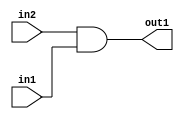
`timescale 1ps / 1ps
/*****************************************************************************
    Verilog RTL Description
    
    
    Created by: Stratus DpOpt 21.05.01 
*******************************************************************************/

module SobelFilter_And_1Ux1U_1U_1 (
	in2,
	in1,
	out1
	); /* architecture "behavioural" */ 
input  in2,
	in1;
output  out1;
wire  asc001;

assign asc001 = 
	(in2)
	&(in1);

assign out1 = asc001;
endmodule

/* CADENCE  urf2SgE= : u9/ySxbfrwZIxEzHVQQV8Q== ** DO NOT EDIT THIS LINE ******/